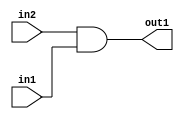
`timescale 1ps / 1ps
/*****************************************************************************
    Verilog RTL Description
    
    
    Created by: Stratus DpOpt 21.05.01 
*******************************************************************************/

module SobelFilter_And_1Ux1U_1U_1 (
	in2,
	in1,
	out1
	); /* architecture "behavioural" */ 
input  in2,
	in1;
output  out1;
wire  asc001;

assign asc001 = 
	(in2)
	&(in1);

assign out1 = asc001;
endmodule

/* CADENCE  urf2SgE= : u9/ySxbfrwZIxEzHVQQV8Q== ** DO NOT EDIT THIS LINE ******/